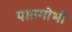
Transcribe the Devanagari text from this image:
पातगोभी